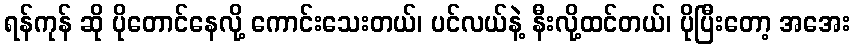
ရန်ကုန် ဆို ပိုတောင်နေလို့ ကောင်းသေးတယ်၊ ပင်လယ်နဲ့ နီးလို့ထင်တယ်၊ ပိုပြီးတော့ အအေး